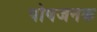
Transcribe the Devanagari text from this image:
पोषजनक